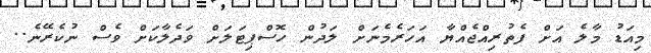
މިއަޑު މާލެ އަށް ފެތުރިއްޖެއްޔާ އަހަރެމެނަށް ލަދުން ހޮސްޕިޓަލަށް ވަދެލާކަށް ވެސް ނުކެރޭނެ..